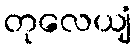
တုလေယျံ